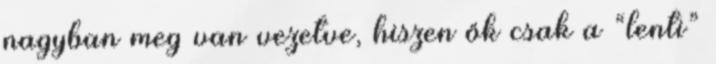
nagyban meg van vezetve, hiszen ők csak a “lenti”